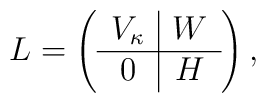
L=\left(\begin{array}{c|c} V_{\kappa} & W\\ \hline 0 & H \end{array}\right),